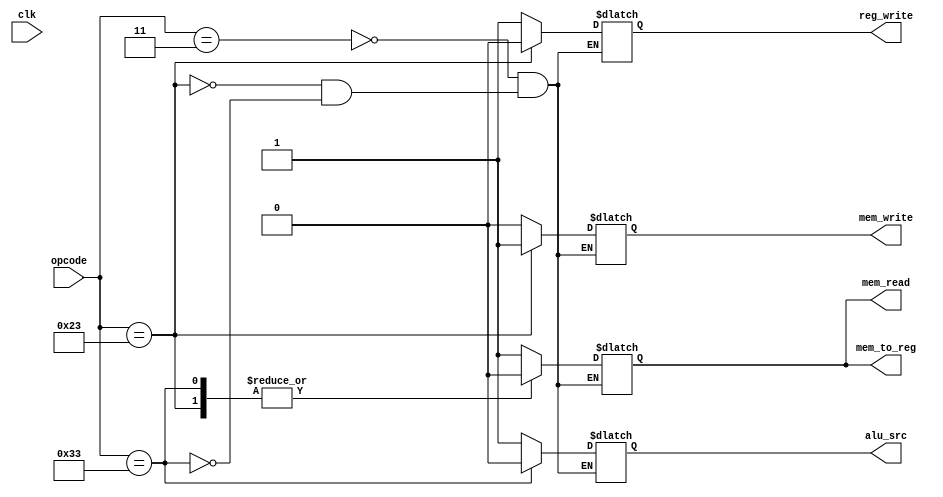
// This program was cloned from: https://github.com/Shiva9361/Simple_Processor
// License: MIT License

module control_path(opcode,mem_read,mem_to_reg,reg_write,mem_write,alu_src,clk);
input [6:0] opcode;
input clk;
output mem_read,mem_to_reg,reg_write,mem_write,alu_src;
reg mem_read_state,mem_to_reg_state,reg_write_state,mem_write_state,alu_src_state;
initial begin
    mem_read_state = 0;
    mem_to_reg_state = 0;
    reg_write_state = 0;
    mem_write_state = 0;
    alu_src_state = 0;
end

// lw 0000011
// sw 0100011
always @(*) begin
    case(opcode)
        7'b0000011: begin  //load
            mem_read_state = 1;
            mem_to_reg_state = 1;
            reg_write_state = 1;
            mem_write_state = 0;
            alu_src_state = 1;
        end
        7'b0100011: begin //store
            mem_read_state = 0;
            mem_to_reg_state = 0;
            reg_write_state = 0;
            mem_write_state = 1;
            alu_src_state = 1;
        end
        7'b0110011: begin // add sub or and etc..
            mem_read_state = 0;
            mem_to_reg_state = 0;
            reg_write_state = 1;
            mem_write_state = 0;
            alu_src_state = 0;
        end
    endcase
end

assign mem_read = mem_read_state;
assign mem_to_reg = mem_to_reg_state;
assign mem_write = mem_write_state;
assign reg_write = reg_write_state;
assign alu_src = alu_src_state;
endmodule